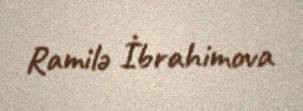
Ramilə İbrahimova